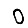
Digit: 0